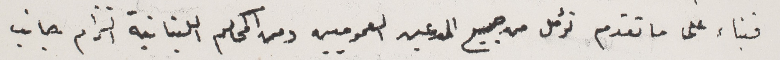
فبناء على ما تقدم نؤمل من جميع المدعين العموميين ومن المحاكم اللبنانية التزام جانب